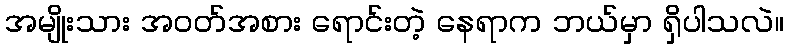
အမျိုးသား အဝတ်အစား ရောင်းတဲ့ နေရာက ဘယ်မှာ ရှိပါသလဲ။